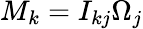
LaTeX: M_{k}=I_{kj}\Omega_{j}